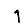
Digit: 1